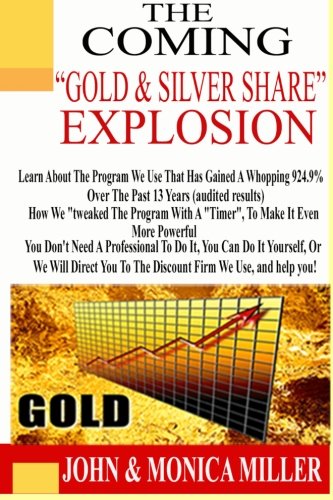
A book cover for The Coming Gold & Silver Share Explosion!: How We Turned $100,000 Into $2,019,000 in 13 Years, Audited.; John & Monica Miller; Business & Money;